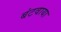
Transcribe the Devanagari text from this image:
बंटवाया